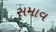
સમાવ